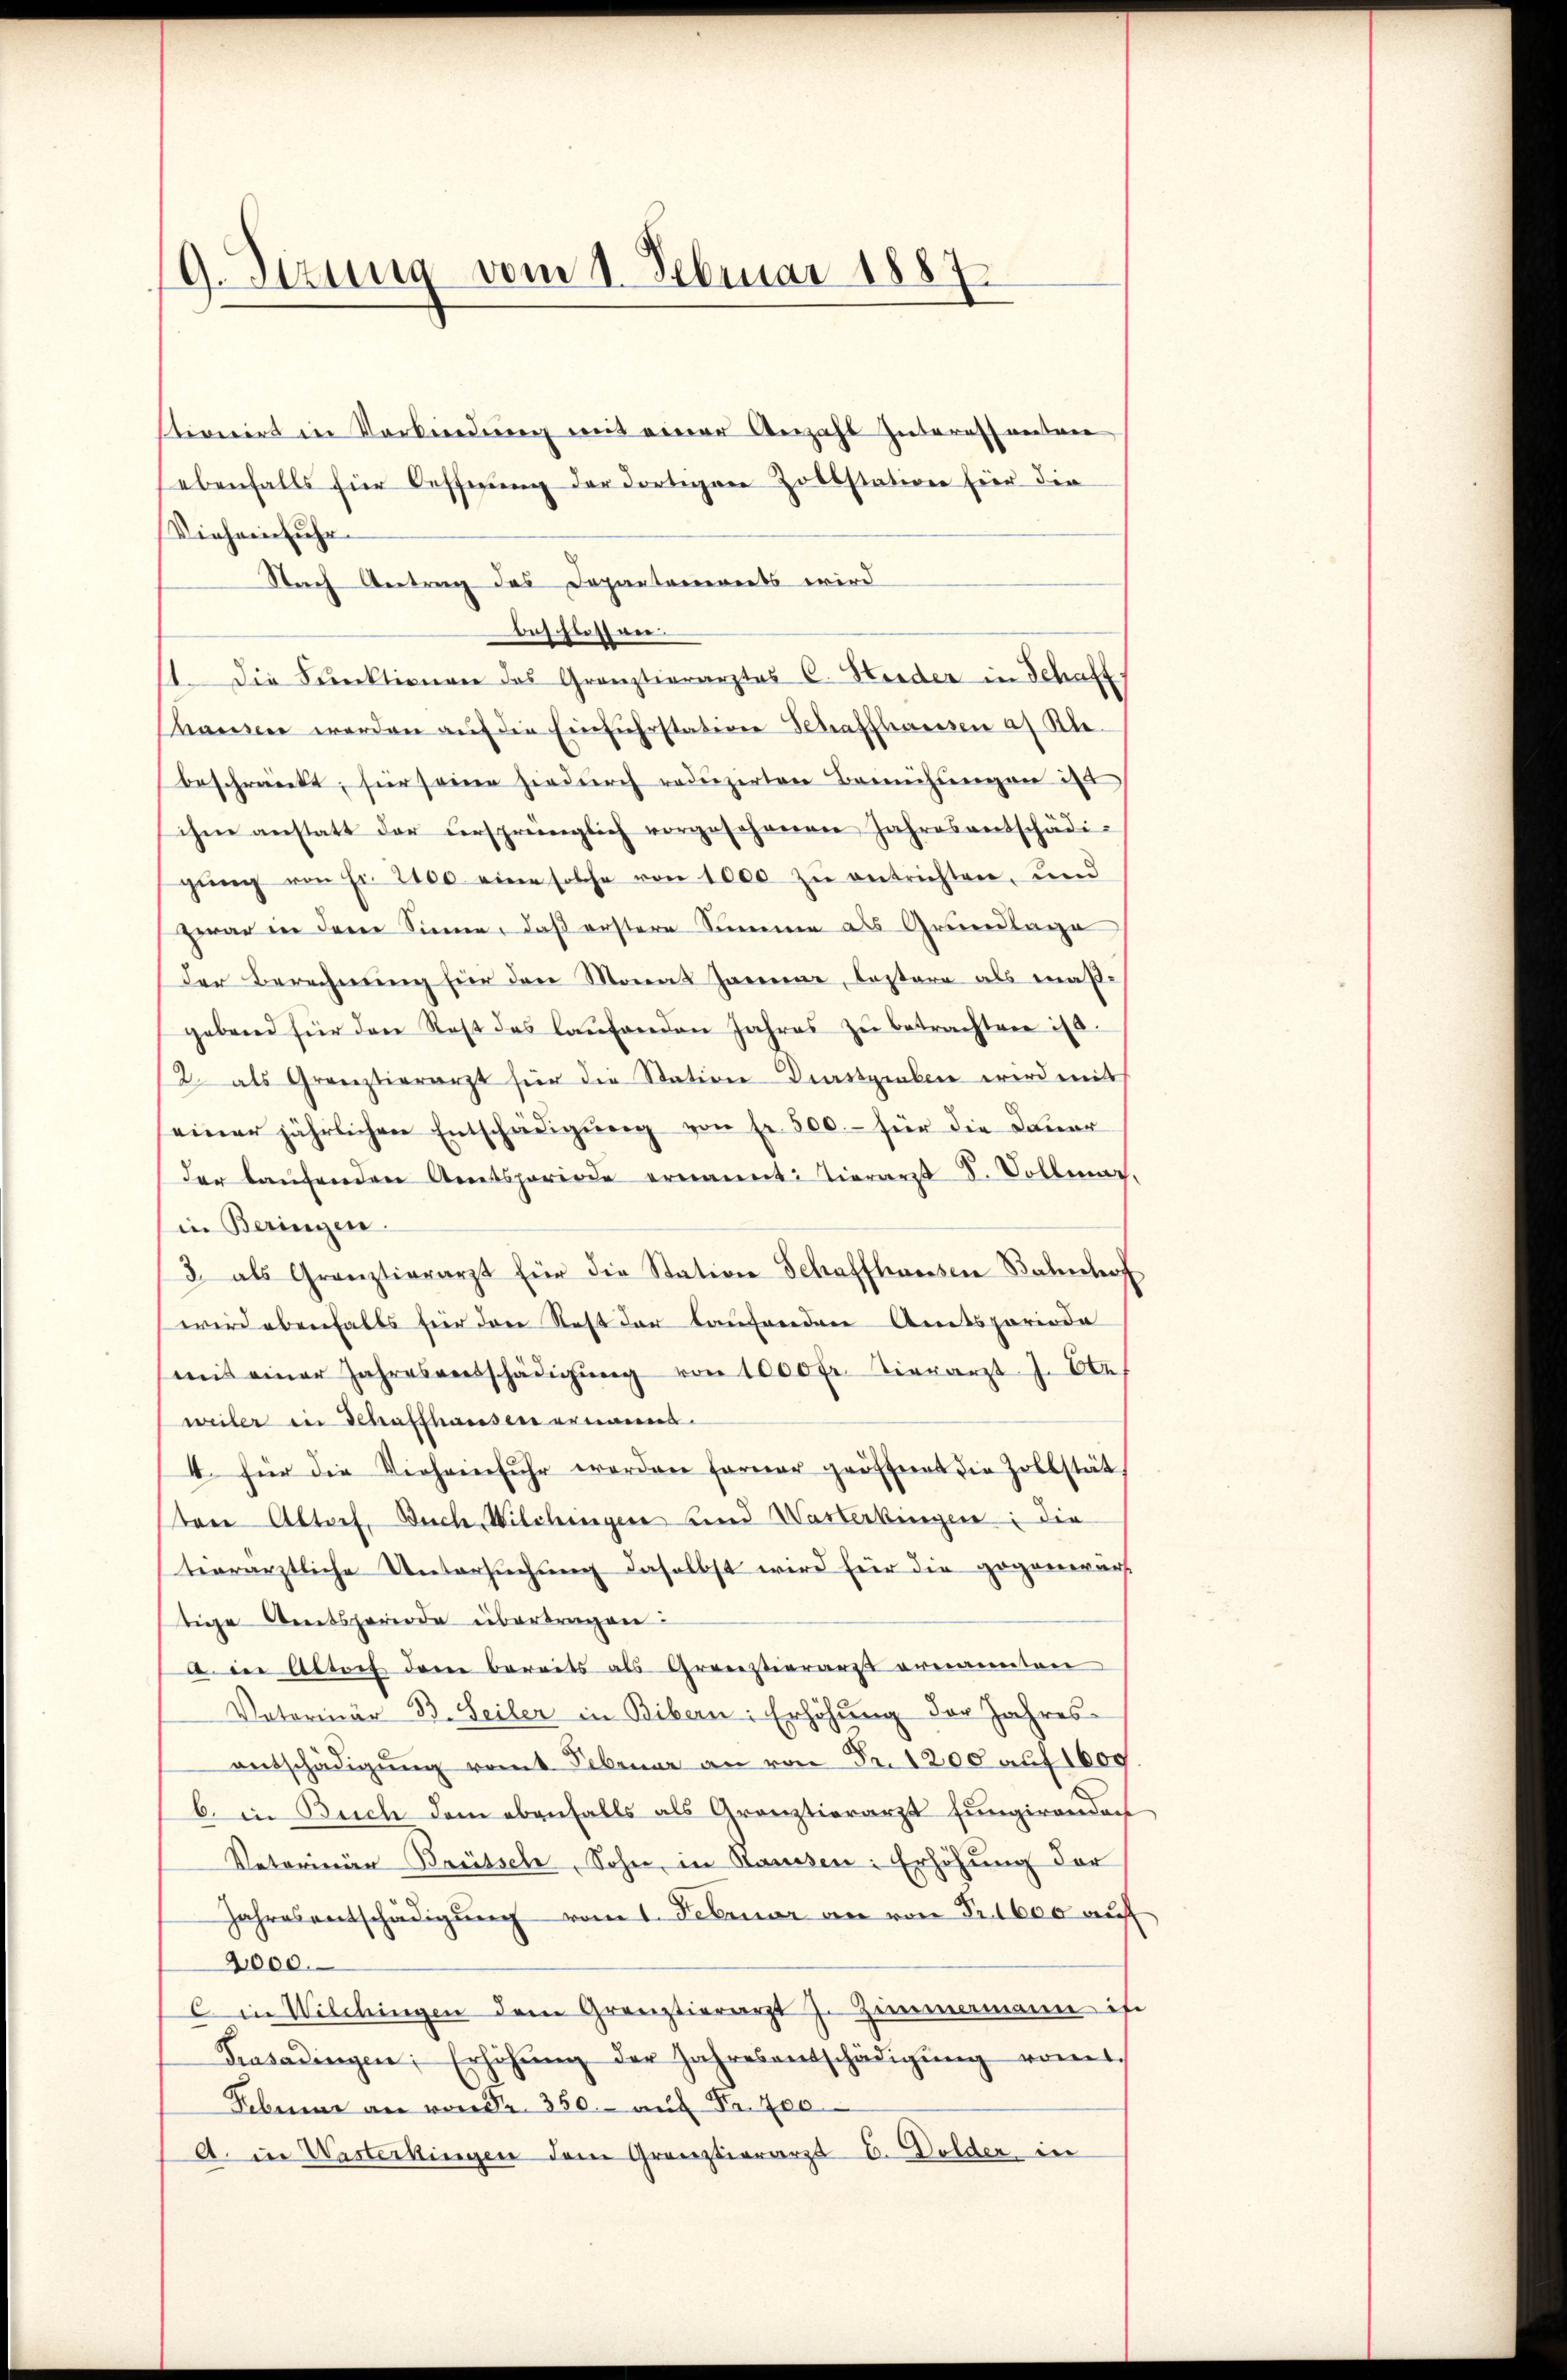
9. Sizung vom 1. Februar 1887

stionirt in Vorkindung mit einer Anzahl zuteressanten
ebenfalls für Oeffnung der dortigen Zollstation hier die
Vieheinfuhr.
Nach Antrag des Departanereits wird
aussessen.
11. Die Direktionen des Gränztierarztes C. Heider in Schaft.
hausen werden aŭf die Einführstation Schaffhausen af Kle
beschränckt, für seine hiedurch reduzirten Bemühungen in
ihm anstatt der ursprünglich vorgesehenen Jahresentschädi-
gŭng von Fr. 2100 eine solche von 1000 zu entrichten, und
zwar in dem Sinne, daß erstere Summe als Grundlage
Der Berechnung für den Monat Janne, Costare als maßgebend für den Rest des laŭfenden Jahres zŭ betrachten ist.
/2. als Grenztierarzt für die Station Dunstgeben wird mit
einer jährlichen Entschädigung von Fr. 500.- für die Dauer
der laufenden Amtsperiode ernannt: Tierarzt F. Vollmar,
in Beringen.
3 als Granztierarzt für die Station Schaffhausen Bahnhof
wird ebenfalls für den Rest der laufenden Amtsperiode
mit einer Jahresversschädigŭng von 1000 fr. Vierarzt J. Ebe
weiler in Schaffhausen ernannt.
4. für die Vieheinfuhr worden ferner geöffnet die Zollstät
ton Altorf, Buch, Wilchingen und Wasterkingen: die
tiorärztliche Untersuchung daselbst wird für die gegenwärt
tige Amtsperiode übertragen:
a in Altoch dem bereits als Grotestierarzt ernannten
Vaterinär B. Seiler in Bibern: Erhöhung der Jahres-
entschädigŭng vom Februar an von Fr. 1200 auf 1600
b. in Buch dem ebenfalls als Granztierarzt fungirendorf
Vaterinär-Brüssel, Sohn, in Haussen: Erhöhung der
Jahresentschädigŭng vom 1. Februar an von Fr. 1600 auf
2000.
c in Wilchingen dem Grenztierarzt J. Zummamann ist
Trasadingen; Erhöhŭng der Jahresentschädigŭng vom 1.
Febuar an von der 350. auf Fr. 700
A. in Wasterkingen dem Grenztierarzt E. Dolder in